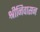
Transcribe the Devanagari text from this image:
श्रीनिवासन